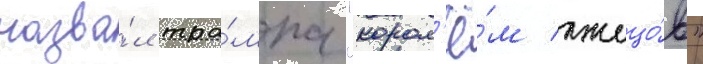
назва́л тра́мпа "корол'ё́м лжецо́в"